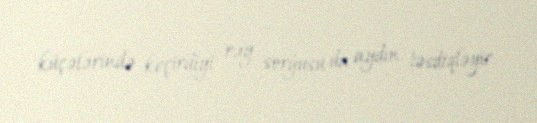
küçələrində keçirdiyi rəy sorğusu da aydın təsdiqləyir.